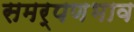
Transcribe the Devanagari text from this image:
समर्पणभाव